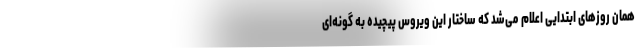
همان روزهای ابتدایی اعلام می‌شد که ساختار این ویروس پیچیده به گونه‌ای